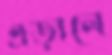
এড়ালে